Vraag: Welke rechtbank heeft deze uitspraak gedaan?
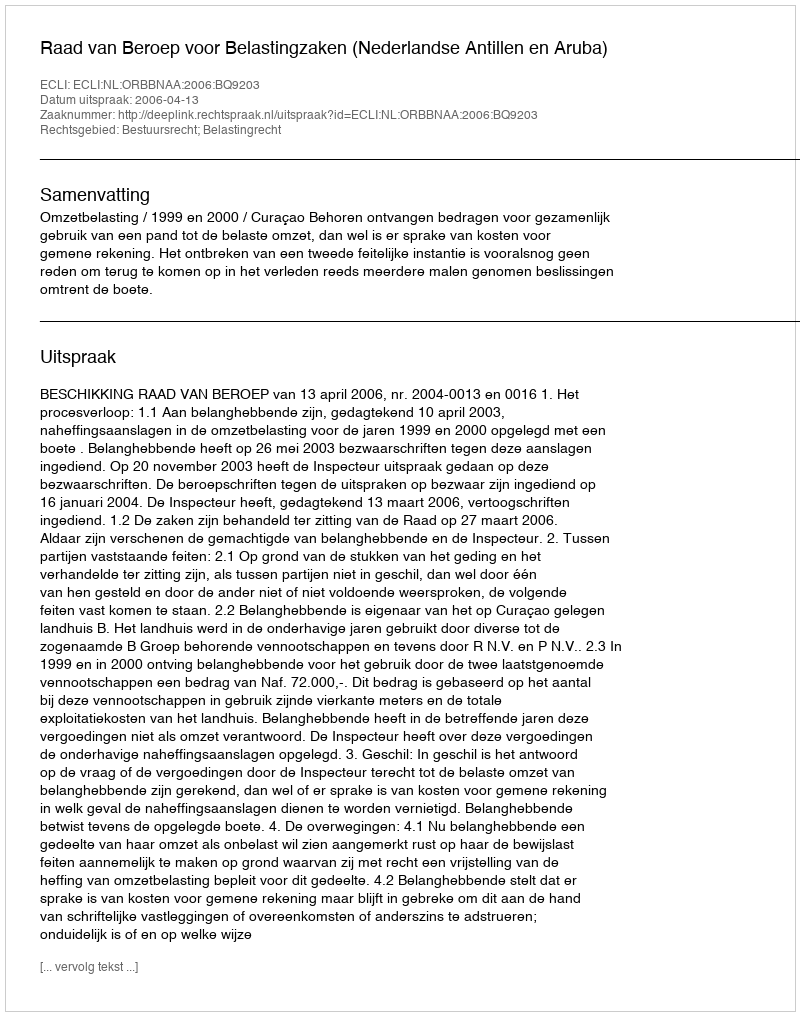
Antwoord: Raad van Beroep voor Belastingzaken (Nederlandse Antillen en Aruba)